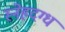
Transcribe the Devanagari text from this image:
स्नेहदग्ध